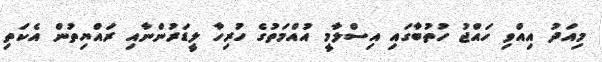
މިއަދު އިއްވި ހައްޖު ހުތުބާގައި އިސްލާމީ އުއްމަތުގެ ހުރިހާ ލީޑަރުންނާއި ރައްޔިތުން އެކަތި